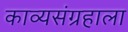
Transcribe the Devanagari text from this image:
काव्यसंग्रहाला